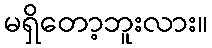
မရှိတော့ဘူးလား။